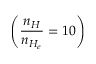
\left( \frac { n _ { H } } { n _ { H _ { e } } } = 1 0 \right)